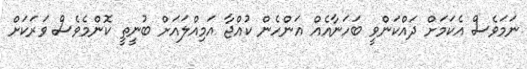
ނަމަވެސް އެކަމަށް ދައްކަންވީ ބަހަނާއެއް އަންހެން ކުއްޖާ އަމިއްލައަށް ބުނީތީ ކޮންމެވެސް ވަރަކަށް